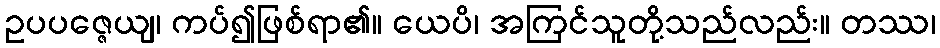
ဥပပဇ္ဇေယျ၊ ကပ်၍ဖြစ်ရာ၏။ ယေပိ၊ အကြင်သူတို့သည်လည်း။ တဿ၊